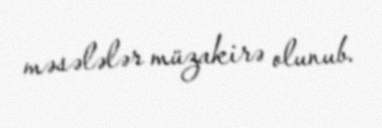
məsələlər müzakirə olunub.